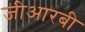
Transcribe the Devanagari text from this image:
जीआरबी